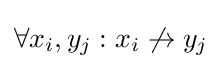
\forall x_{i},y_{j}:x_{i}\not \to y_{j}